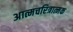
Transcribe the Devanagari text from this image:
अात्मचरित्रात्मक